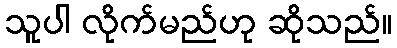
သူပါ လိုက်မည်ဟု ဆိုသည်။